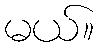
မယ်။